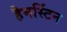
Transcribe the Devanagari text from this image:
हैमर्स्टिन